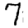
Digit: 7